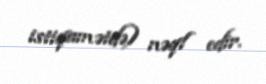
istiqamətdə) nəql edir.